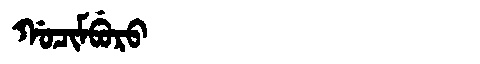
Manchu: ᡤᠣᠴᡳᠮᠪᡠᡵᠣ
Romanization: GOCIMBURO